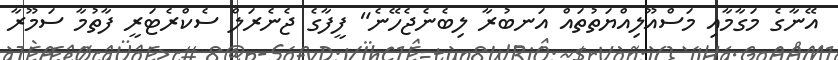
އޭނާގެ މަގާމާއި މަސްއޫލިއްޔަތުތައް އަނބުރާ ލިބެނެޖެހޭނެ" ފީފާގެ ޖެނެރަލް ސެކްރެޓަރީ ފާތުމާ ސަމޫރާ